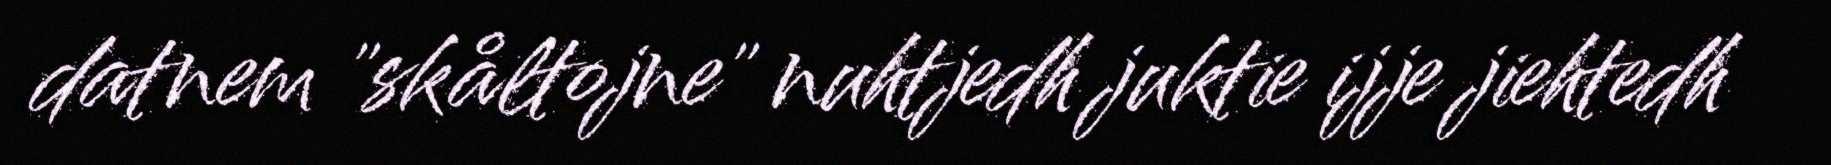
datnem "skåltojne" nuhtjedh juktie ijje jiehtedh